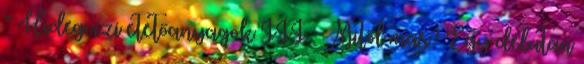
” Hidegvízi etetőanyagok III. – Mitől más? Egy délután